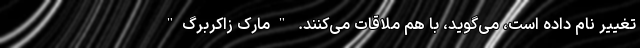
تغییر نام داده است، می‌گوید، با هم ملاقات می‌کنند. "مارک زاکربرگ"